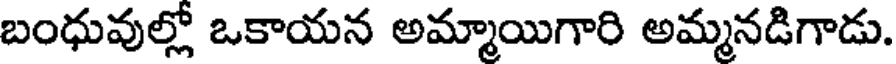
బంధువుల్లో ఒకాయన అమ్మాయిగారి అమ్మనడిగాడు.